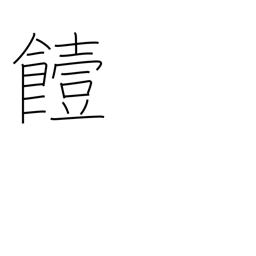
Meaning: go bad